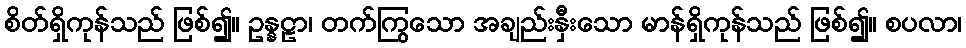
စိတ်ရှိကုန်သည် ဖြစ်၍။ ဥန္နဠာ၊ တက်ကြွသော အချည်းနှီးသော မာန်ရှိကုန်သည် ဖြစ်၍။ စပလာ၊